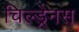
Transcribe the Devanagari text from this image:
चिल्ड्रेनस